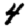
Digit: 4